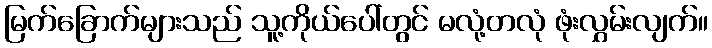
မြက်ခြောက်များသည် သူ့ကိုယ်ပေါ်တွင် မလုံ့တလုံ ဖုံးလွှမ်းလျက်။